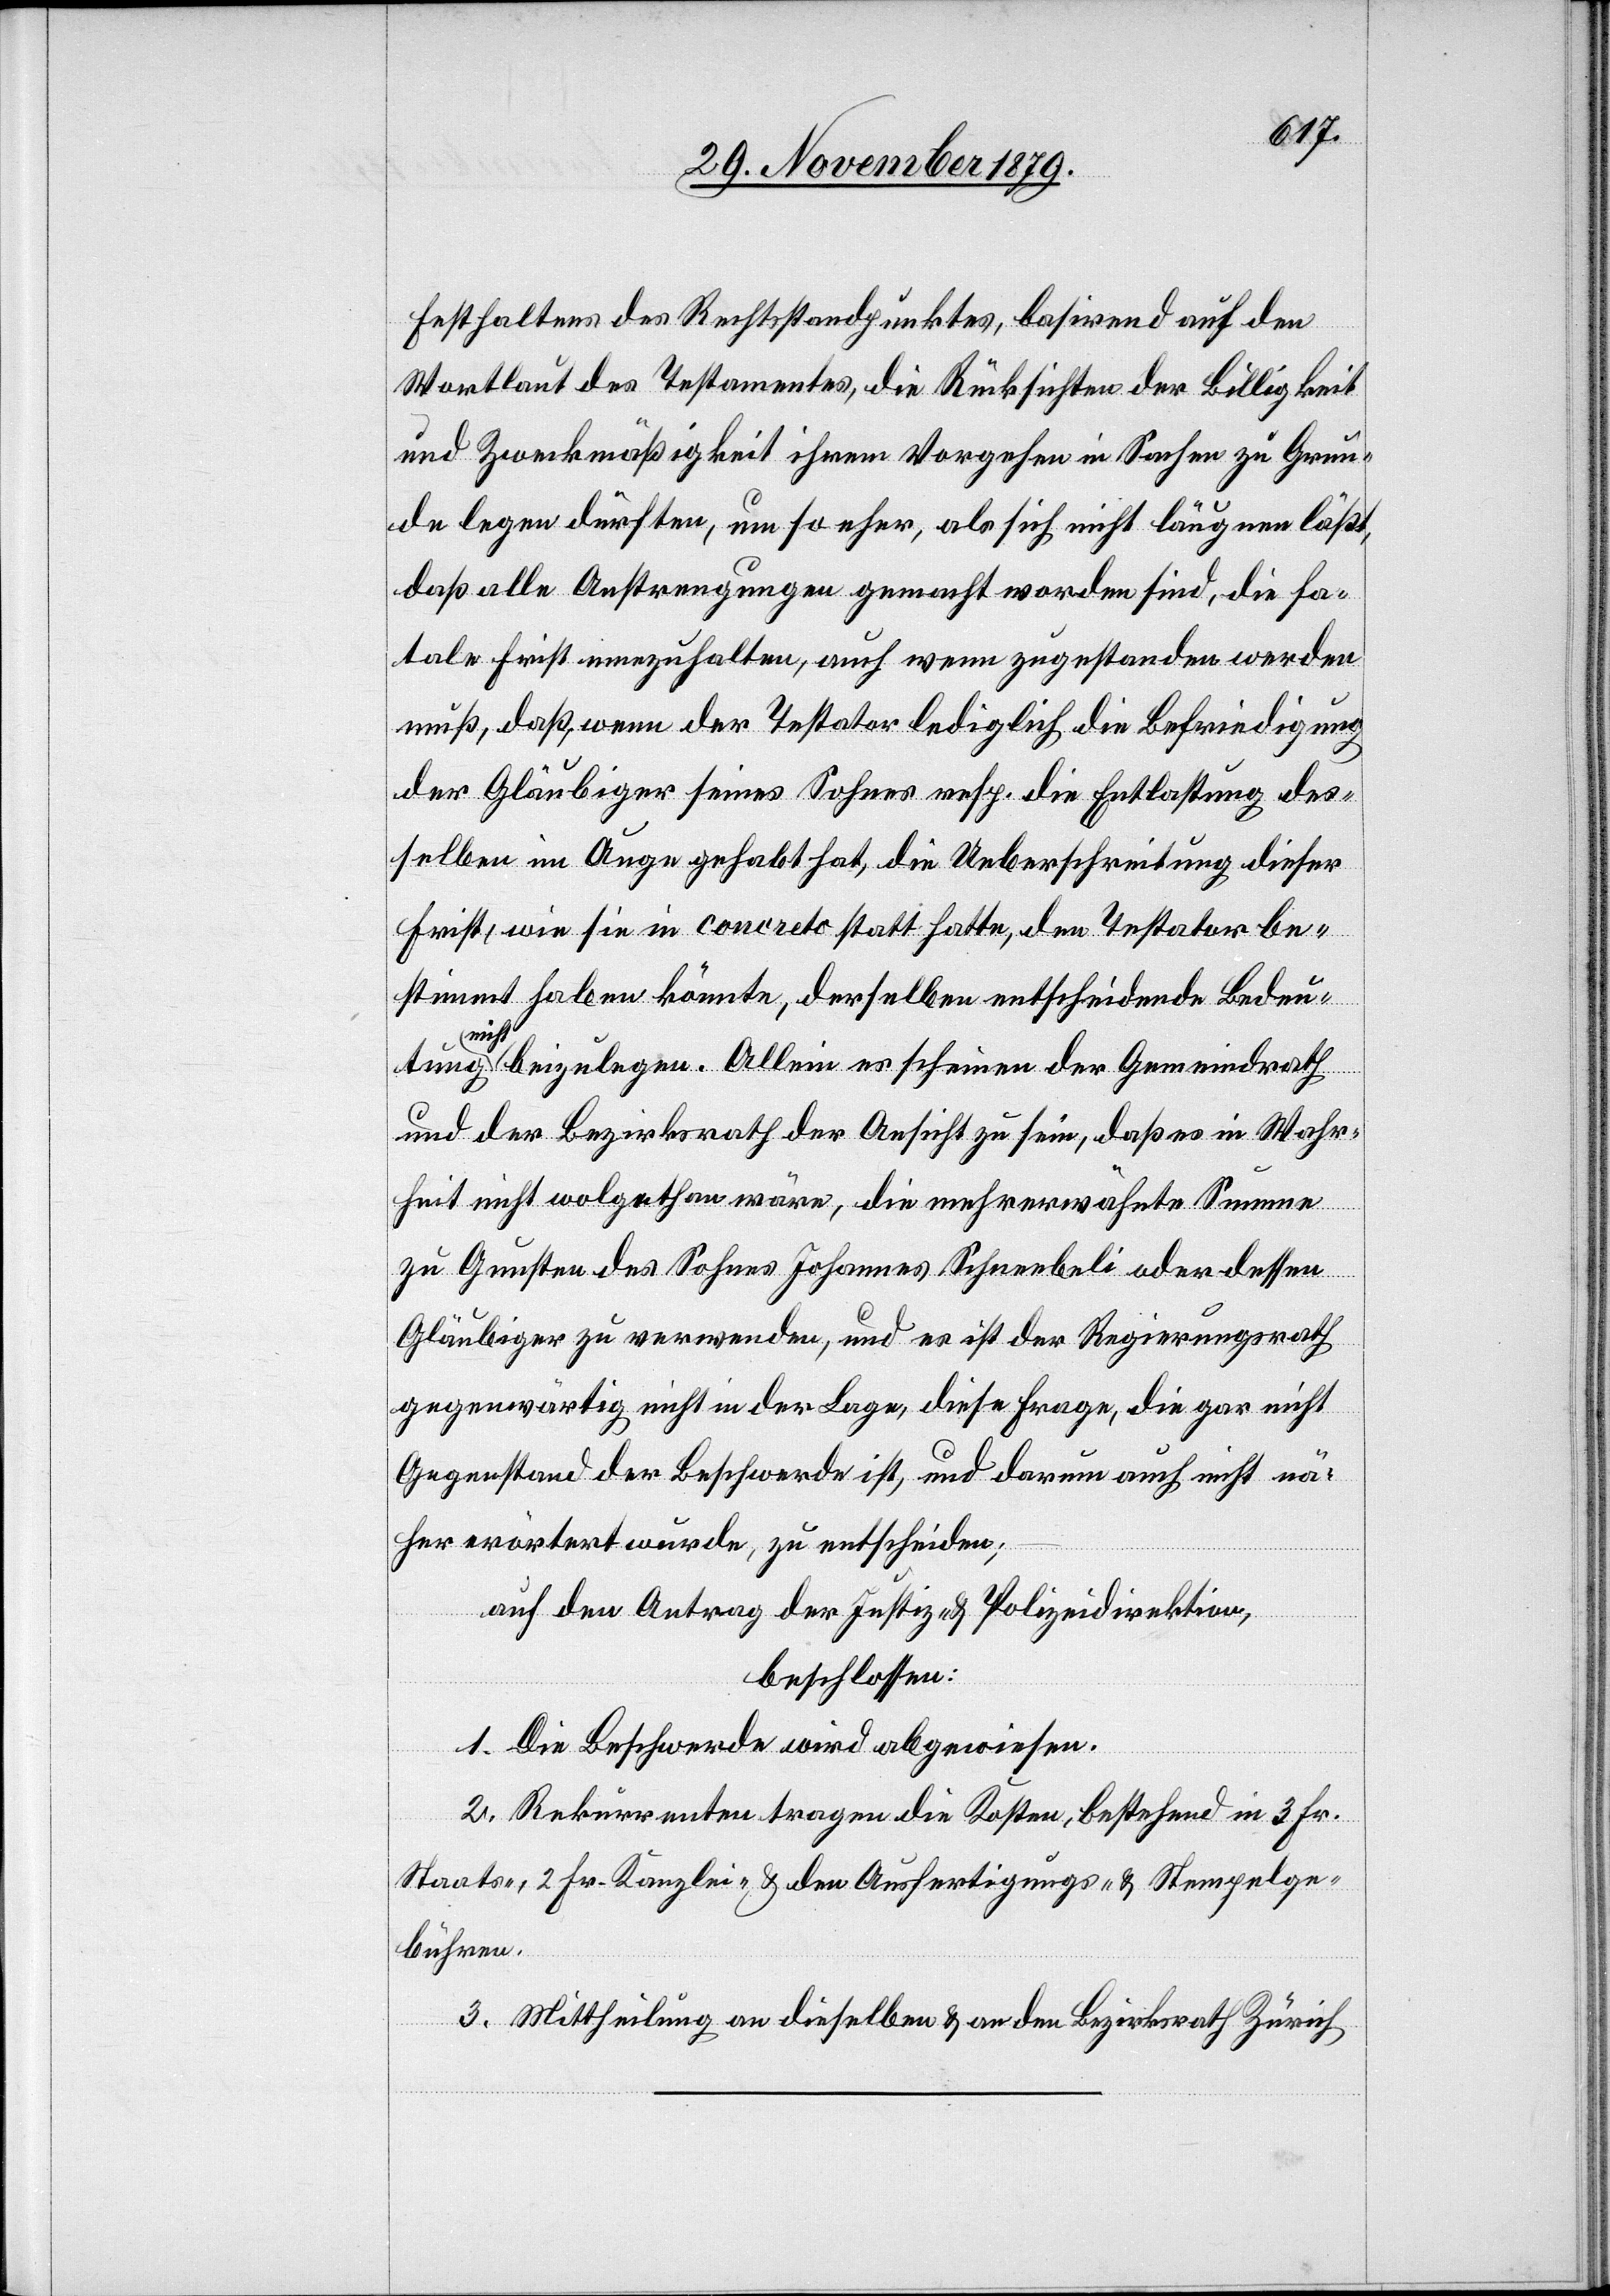
Festhaltens des Rechtsstandpunktes, basirend auf den
Wortlaut des Testamentes, die Rücksichten der Billigkeit
und Zweckmäßigkeit ihrem Vorgehen in Sachen zu Grun¬
de legen dürften, um so eher, als sich nicht leugnen läßt,
daß alle Anstrengungen gemacht worden sind, die fa¬
tale Frist innezuhalten, auch wenn zugestanden werden
muß, daß, wenn der Testator lediglich die Befriedigung
der Gläubiger seines Sohnes resp. die Entlastung des¬
selben im Auge gehabt hat, die Ueberschreitung dieser
Frist, wie sie in concreto statt hatte, den Testator be¬
stimmt haben könnte, derselben entscheidende Bedeu¬
nich¬
t beizulegen. Allein es scheinen der Gemeindrath
und der Bezirksrath der Ansicht zu sein, daß es in Wahr¬
heit nicht wolgethan wäre, die mehrerwähnte Summe
zu Gunsten des Sohnes Johannes Schneebeli oder dessen
Gläubiger zu verwenden, und es ist der Regierungsrath
gegenwärtig nicht in der Lage, diese Frage, die gar nicht
Gegenstand der Beschwerde ist, und darum auch nicht nä¬
her erörtert wurde, zu entscheiden;
auf den Antrag der Justiz- & Polizeidirektion,
beschlossen:
1. Die Beschwerde wird abgewiesen.
2. Rekurrenten tragen die Kosten, bestehend in 3 Fr.
Staats-, 2 Fr. Kanzlei- & den Ausfertigungs- & Stempelge¬
bühren.
3. Mittheilung an dieselben & an den Bezirksrath Zürich.